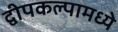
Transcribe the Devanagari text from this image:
द्वीपकल्पामध्ये